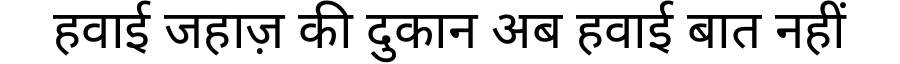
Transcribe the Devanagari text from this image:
हवाई जहाज़ की दुकान अब हवाई बात नहीं